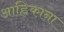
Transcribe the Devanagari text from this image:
आह्निकाना